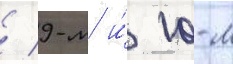
/ 9-м и́ 10-м